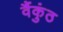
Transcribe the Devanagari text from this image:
वैंकुंठ